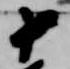
十